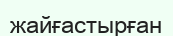
жайғастырған